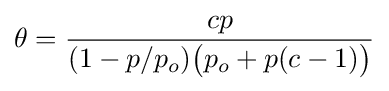
\theta ={\frac {cp}{(1-p/p_{o}){\bigl (}p_{o}+p(c-1){\bigr )}}}